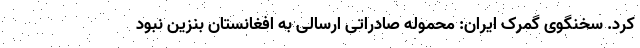
کرد. سخنگوی گمرک ایران: محموله صادراتی ارسالی به افغانستان بنزین نبود